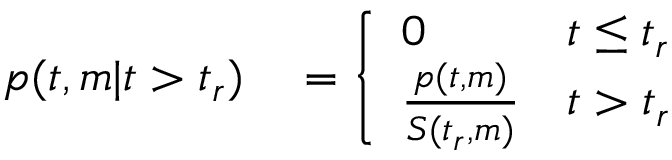
\begin{array} { r l } { p ( t , m | t > t _ { r } ) } & { { } = \left\{ \begin{array} { l l } { 0 } & { t \leq t _ { r } } \\ { \frac { p ( t , m ) } { S ( t _ { r } , m ) } } & { t > t _ { r } } \end{array} \right. } \end{array}